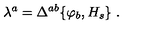
\lambda ^ { a } = \Delta ^ { a b } \{ \varphi _ { b } , H _ { s } \} \ .